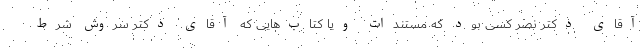
آقای دکتر نصر کسی بود که مستندات ویا کتاب‌هایی که آقای دکتر سروش شرط